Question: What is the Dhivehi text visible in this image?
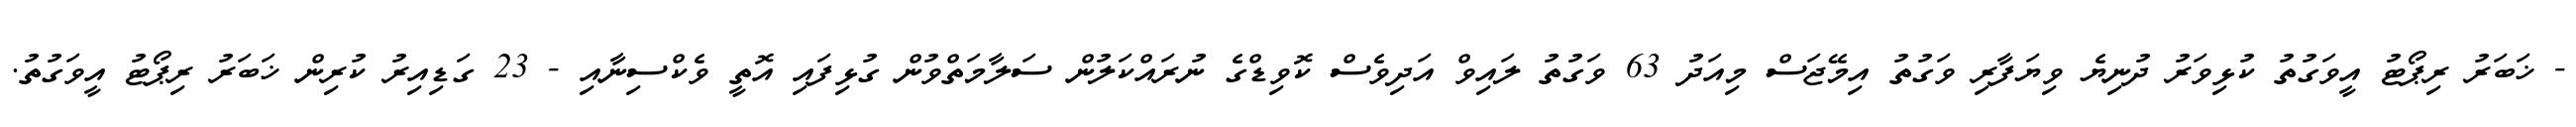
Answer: - ޚަބަރު ރިޕޯޓު އީވަގުތު ކުޅިވަރު ދުނިޔެ ވިޔަފާރި ވަގުތު އިމޭޖަސް މިއަދު 63 ވަގުތު ލައިވް އަދިވެސް ކޮވިޑްގެ ނުރައްކަލުން ސަލާމަތްވުން ގުޅިފައި އޮތީ ވެކްސިނާއި - 23 ގަޑިއިރު ކުރިން ޚަބަރު ރިޕޯޓު އީވަގުތު.